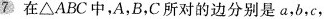
7 在△ABC中，A，B，C所对的边分别是a，b，c，